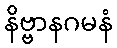
နိဗ္ဗာနဂမနံ